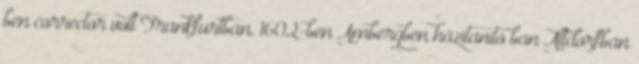
ben corrector volt Frankfurtban, 1602-ben Ambergben házitanító ban Altdorfban